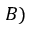
B )